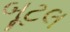
બૂટલ